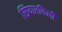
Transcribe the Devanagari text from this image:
सियारफिली